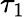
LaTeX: \tau_{1}